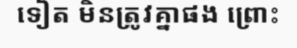
ទៀត មិនត្រូវគ្នាផង ព្រោះ